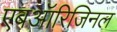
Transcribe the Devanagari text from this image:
एबऑरिजिनल